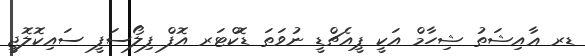
ޑރ ޢާއިޝަތު ޝިހާމް އަކީ ޕީއެޗްޑީ ނުވަތަ ޑޮކްޓަރ އޮފް ފިލޯސަފީ ސައިކޮލޮޖީ